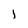
Character: l